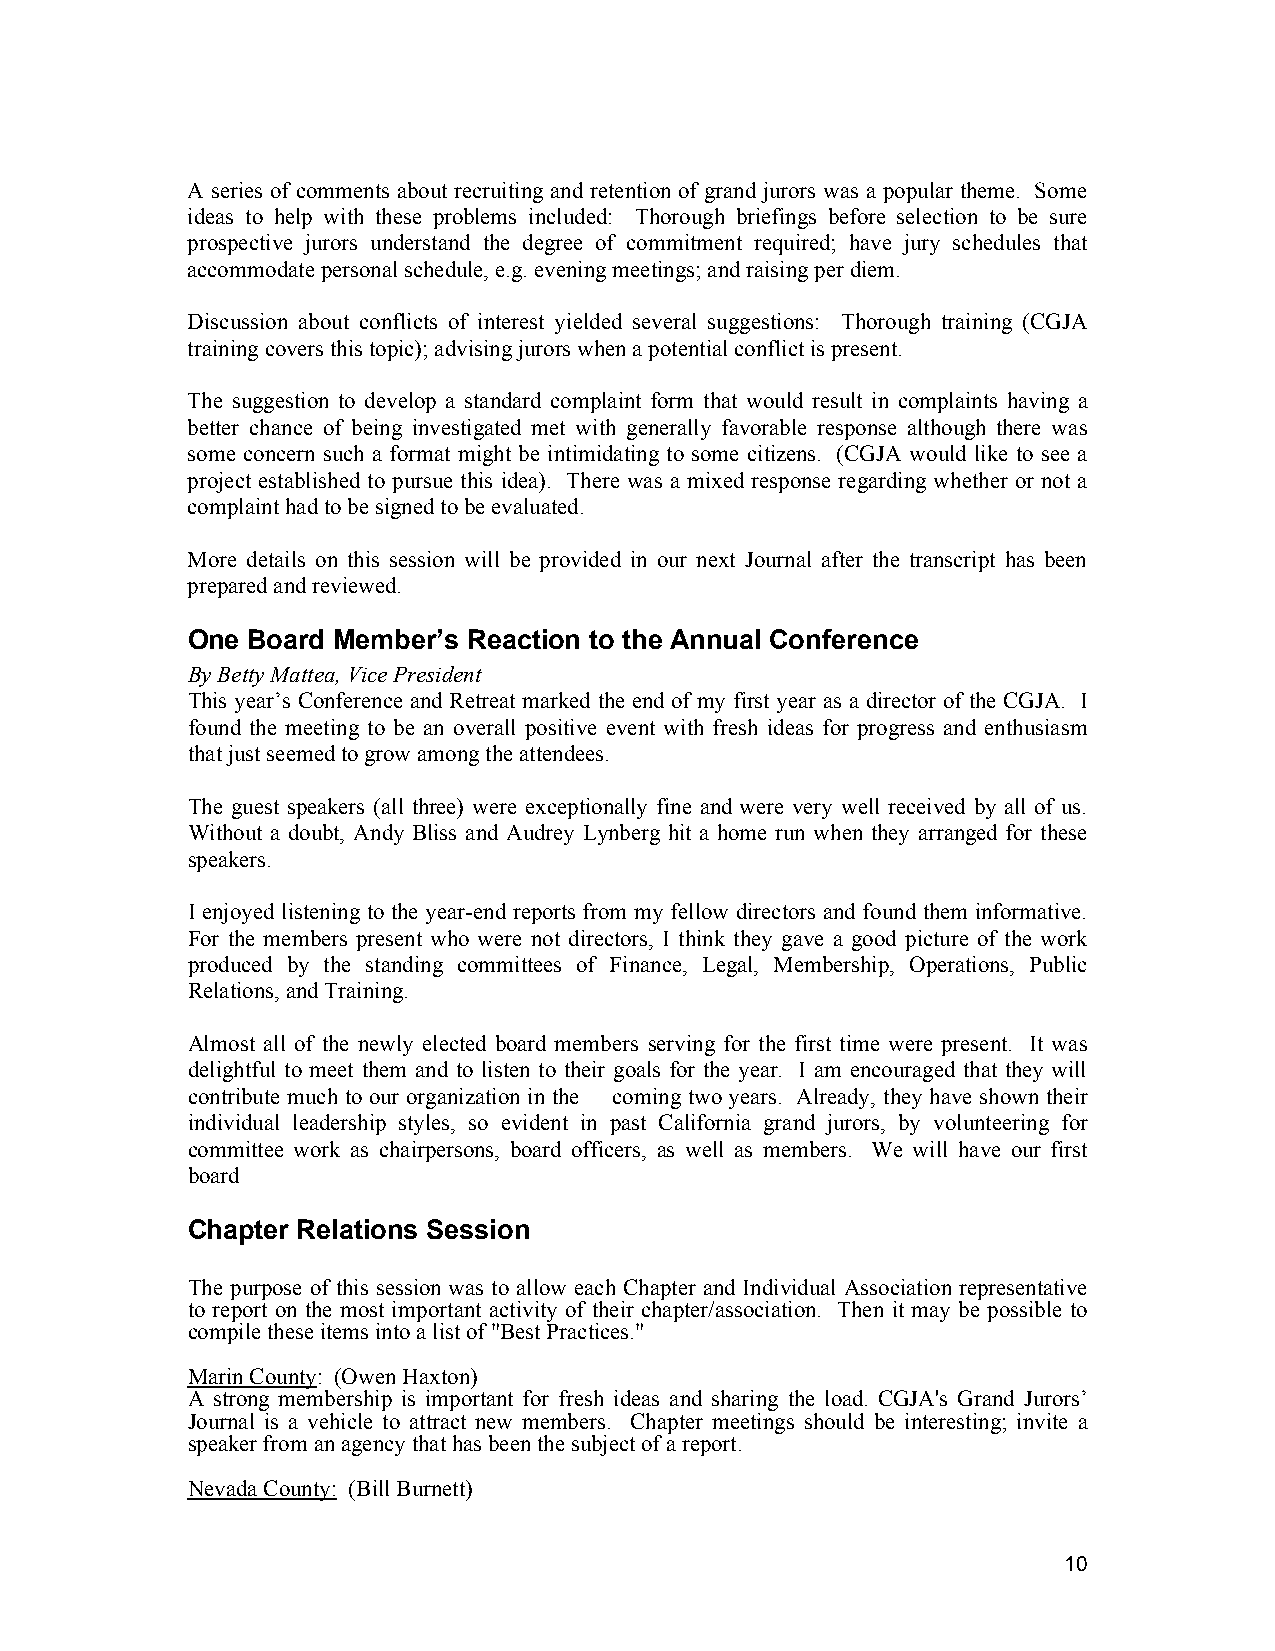
A series of comments about recruiting and retention of grand jurors was a popular theme. Some
 ideas to help with these problems included: Thorough briefings before selection to be sure
 prospective jurors understand the degree of commitment required; have jury schedules that
 accommodate personal schedule, e.g. evening meetings; and raising per diem.
 Discussion about conflicts of interest yielded several suggestions: Thorough training (CGJA
 training covers this topic); advising jurors when a potential conflict is present.
 The suggestion to develop a standard complaint form that would result in complaints having a
 better chance of being investigated met with generally favorable response although there was
 some concern such a format might be intimidating to some citizens. (CGJA would like to see a
 project established to pursue this idea). There was a mixed response regarding whether or not a
 complaint had to be signed to be evaluated.
 More details on this session will be provided in our next Journal after the transcript has been
 prepared and reviewed.
 One Board Member’s Reaction to the Annual Conference
 By Betty Mattea, Vice President
 This year’s Conference and Retreat marked the end of my first year as a director of the CGJA. I
 found the meeting to be an overall positive event with fresh ideas for progress and enthusiasm
 that just seemed to grow among the attendees.
 The guest speakers (all three) were exceptionally fine and were very well received by all of us.
 Without a doubt, Andy Bliss and Audrey Lynberg hit a home run when they arranged for these
 speakers.
 I enjoyed listening to the year-end reports from my fellow directors and found them informative.
 For the members present who were not directors, I think they gave a good picture of the work
 produced by the standing committees of Finance, Legal, Membership, Operations, Public
 Relations, and Training.
 Almost all of the newly elected board members serving for the first time were present. It was
 delightful to meet them and to listen to their goals for the year. I am encouraged that they will
 contribute much to our organization in the coming two years. Already, they have shown their
 individual leadership styles, so evident in past California grand jurors, by volunteering for
 committee work as chairpersons, board officers, as well as members. We will have our first
 board
 Chapter Relations Session
 The purpose of this session was to allow each Chapter and Individual Association representative
 to report on the most important activity of their chapter/association. Then it may be possible to
 compile these items into a list of "Best Practices."
 Marin County: (Owen Haxton)
 A strong membership is important for fresh ideas and sharing the load. CGJA's Grand Jurors’
 Journal is a vehicle to attract new members. Chapter meetings should be interesting; invite a
 speaker from an agency that has been the subject of a report.
 Nevada County: (Bill Burnett)
 10